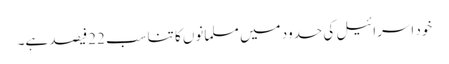
خود اسرائیل کی حدود میں مسلمانوں کا تناسب 22فیصد ہے۔